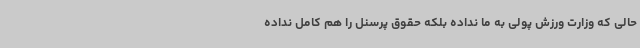
حالی که وزارت ورزش پولی به ما نداده بلکه حقوق پرسنل را هم کامل نداده